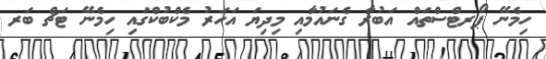
ހިމެނޭ ޕޯރޓްސްތައް އަބުރާ ގެނައުމާއި މިދިޔަ އަހަރު މެކްބުކްގައި ހިމެނޭ ޓަޗް ބަރ